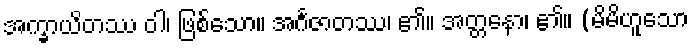
အက္ခာယိတဿ ဝါ၊ ဖြစ်သော။ အင်္ဂဇာတဿ၊ ၏။ အတ္တနော၊ ၏။ (မိမိဟူသော